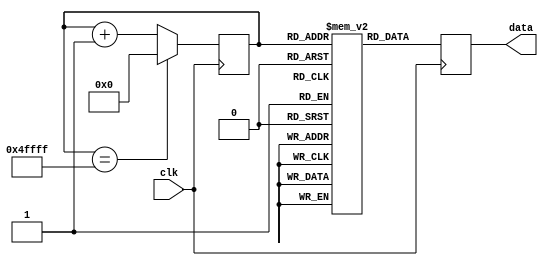
module read_cat(
	input clk,
	output reg [23:0]data
);

reg [18:0]count;

(* ram_init_file = "cat.mif" *) reg [23:0] datas[327679:0];

always @(posedge clk) begin
	if(count == 327679) begin
		data = datas[count];
		count = 0;
	end
	else begin
		data = datas[count];
		count = count + 1;
	end
end

endmodule